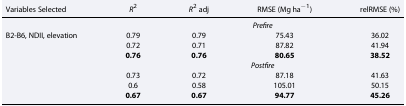
<table><thead><tr><td><b>Variables Selected</b></td><td><b><i>R</i><sup>2</sup></b></td><td><b><i>R</i><sup>2</sup> adj</b></td><td><b>RMSE (Mg ha<sup>−1</sup>)</b></td><td><b>relRMSE (%)</b></td></tr></thead><tbody><tr><td></td><td colspan="4"><i>Prefire</i></td></tr><tr><td rowspan="7">B2‐B6, NDII, elevation</td><td>0.79</td><td>0.79</td><td>75.43</td><td>36.02</td></tr><tr><td>0.72</td><td>0.71</td><td>87.82</td><td>41.94</td></tr><tr><td><b>0.76</b></td><td><b>0.76</b></td><td><b>80.65</b></td><td><b>38.52</b></td></tr><tr><td colspan="4"><i>Postfire</i></td></tr><tr><td>0.73</td><td>0.72</td><td>87.18</td><td>41.63</td></tr><tr><td>0.6</td><td>0.58</td><td>105.01</td><td>50.15</td></tr><tr><td><b>0.67</b></td><td><b>0.67</b></td><td><b>94.77</b></td><td><b>45.26</b></td></tr></tbody></table>